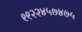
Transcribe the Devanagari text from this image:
९९२२४५७४७५